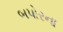
બપોરના